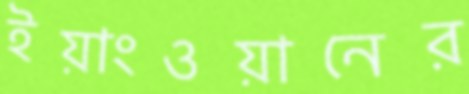
ইয়াংওয়ানের